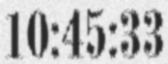
10:45:33